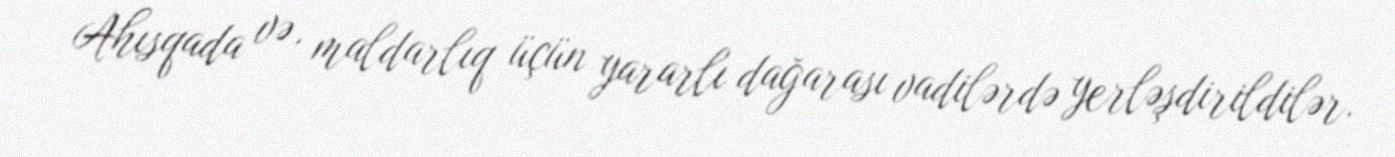
Ahısqada və, maldarlıq üçün yararlı dağarası vadilərdə yerləşdirildilər.